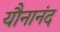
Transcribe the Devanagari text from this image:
यौनानंद